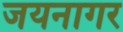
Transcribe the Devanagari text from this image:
जयनागर